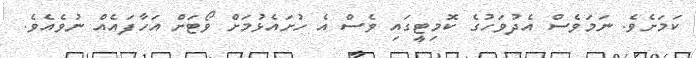
ކަމަށެވެ. ނަަމަވެސް އެދުވަހުގެ ކޮމިޓީގައި ވެސް އެ ހުށައެޅުމަށް ވޯޓަށް އަހާފައެއް ނުވެއެވެ.